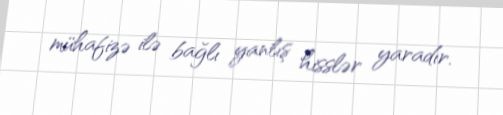
mühafizə ilə bağlı yanlış hisslər yaradır.